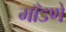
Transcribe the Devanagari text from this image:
माँडणे